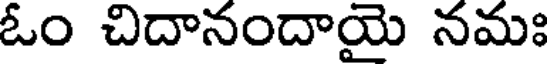
ఓం చిదానందాయై నమః